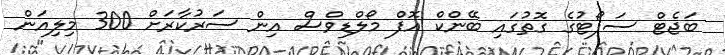
ބަޖެޓް ސަޕޯޓުގެ ގޮތުގައި ބޭންކް އޮފް މޯލްޑިވްސް އިން ސަރުކާރަށް 300 މިލިއަން